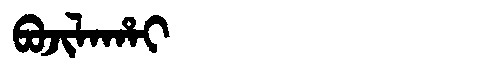
Manchu: ᠪᠣᠵᡳᠯᠠᡥᠠᡳ
Romanization: BOJILAHAI